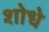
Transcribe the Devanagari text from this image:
शोधे